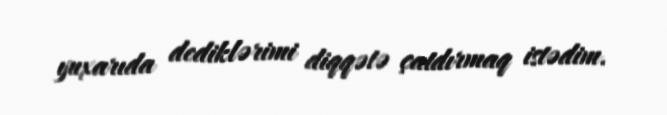
yuxarıda dediklərimi diqqətə çatdırmaq istədim.